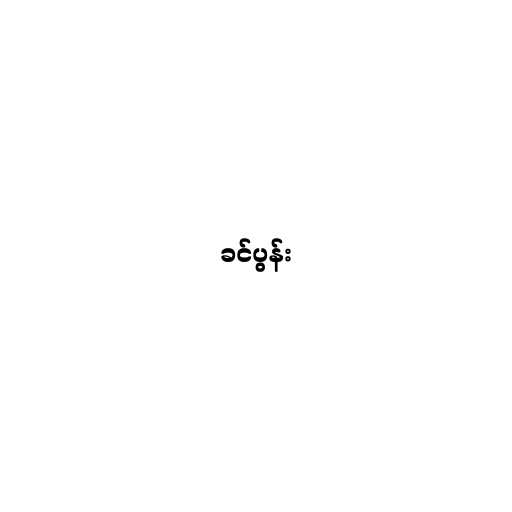
ခင်ပွန်း